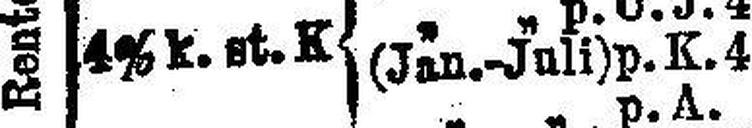
4% k. st. K